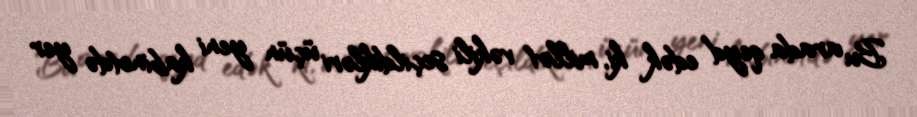
Bu arada qeyd edək ki, millət vəkili seçildikləri üçün yeni kabinetdə yer